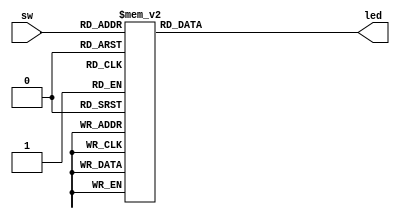
`timescale 1ns / 1ps
//////////////////////////////////////////////////////////////////////////////////
// Company: 
// Engineer: 
// 
// Design Name: 
// Module Name: four_to_seven
// Project Name: 
// Target Devices: 
// Tool Versions: 
// Description: 
// 
// Dependencies: 
// 
// Revision:
// Revision 0.01 - File Created
// Additional Comments:
// 
//////////////////////////////////////////////////////////////////////////////////


module four_to_seven(
    input [3:0] sw,
    output reg [6:0] led
    );
    always@(*)
    begin
        case(sw)
            0:led = 7'b1000000;
            1:led = 7'b1111001;
            2:led = 7'b0100100;
            3:led = 7'b0110000;
            4:led = 7'b0011001;
            5:led = 7'b0010010;
            6:led = 7'b0000010;
            7:led = 7'b1111000;
            8:led = 7'b0000000;
            9:led = 7'b0011000;
            default: led = 7'b1111_111;
       endcase
    end
endmodule